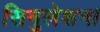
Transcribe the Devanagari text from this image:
सिमुलेशन।